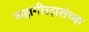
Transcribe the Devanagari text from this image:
जहागीरदारांच्या